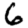
Digit: 6